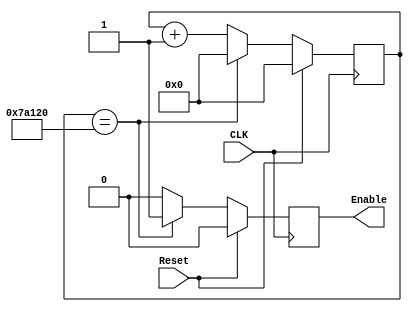
`timescale 1ns / 1ps
//////////////////////////////////////////////////////////////////////////////////
//	Laboratorio de Diseo Digital
// Proyecto de diseo #2
// Habilitador de 200Hz
// Diego Brenes Martnez
// Francisco Chacn Cambronero
//////////////////////////////////////////////////////////////////////////////////
module Divisor_5ms(
    input CLK,
    input Reset,
    output reg Enable
    );

	reg [18:0] Contador;
	
	always @(posedge CLK)
      if(Reset) begin
         Contador <= 19'b0;
			Enable <= 1'b0;
		end
      else begin
         if(Contador == 19'd500000) begin //500 000
				Contador <= 19'b0;
				Enable <= 1'b1	;
			end
			else begin
				Contador <= Contador + 1'b1;
				Enable <= 1'b0;
			end
		end

endmodule